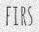
FIRS